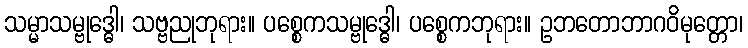
သမ္မာသမ္ဗုဒ္ဓေါ၊ သဗ္ဗညုဘုရား။ ပစ္စေကသမ္ဗုဒ္ဓေါ၊ ပစ္စေကဘုရား။ ဥဘတောဘာဂဝိမုတ္တော၊